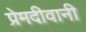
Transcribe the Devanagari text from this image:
प्रेमदीवानी